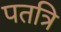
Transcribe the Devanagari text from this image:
पतत्रि